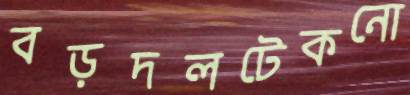
বড়দলটেকনো